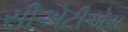
સીએટીએસ